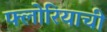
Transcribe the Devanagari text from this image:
फ्लोरियाची